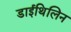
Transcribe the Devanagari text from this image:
डाईथिलिन